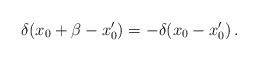
\begin{align*}\delta(x_0 + \beta - x_0') = - \delta(x_0 - x_0') \,.\end{align*}